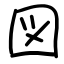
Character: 図